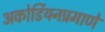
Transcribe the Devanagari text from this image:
अकोर्डियनप्रमाणे